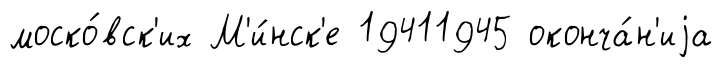
моско́вск'их М'и́нск'е 19411945 оконча́н'иjа